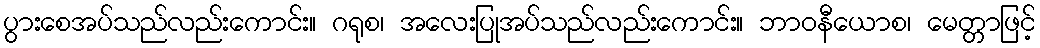
ပွားစေအပ်သည်လည်းကောင်း။ ဂရုစ၊ အလေးပြုအပ်သည်လည်းကောင်း။ ဘာဝနီယောစ၊ မေတ္တာဖြင့်